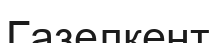
Газелкент